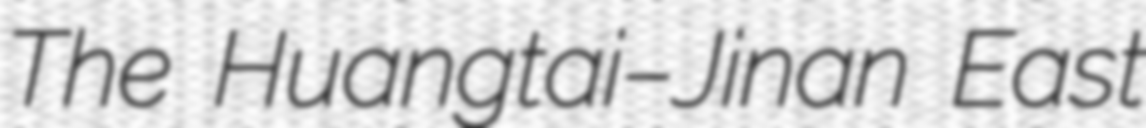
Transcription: The Huangtai–Jinan East